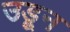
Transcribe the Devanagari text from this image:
उडू्न